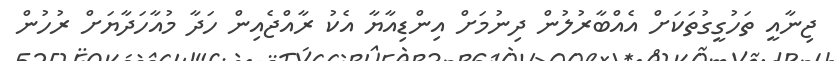
ޖިނާއީ ތަހުގީގުތަކަށް އެއްބާރުލުން ދިނުމަށް އިންޑިއާޔާ އެކު ރާއްޖެއިން ހަދާ މުއާހަދާޔަށް ރުހުން